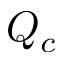
Q _ { c }